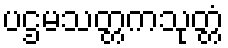
ပဌမသတ္တကသုတ္တံ